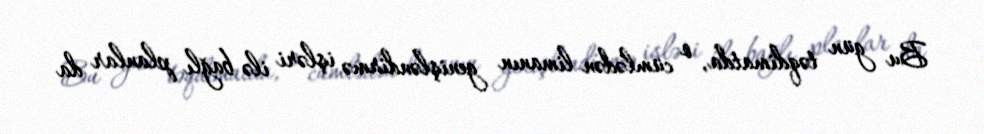
Bu gün təqdimatda, o cümlədən limanın genişləndirmə işləri ilə bağlı planlar da